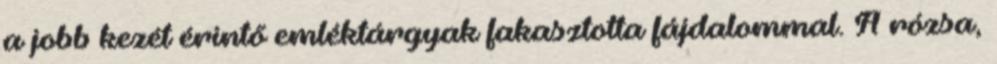
a jobb kezét érintő emléktárgyak fakasztotta fájdalommal. A rózsa,